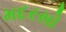
મદરસો